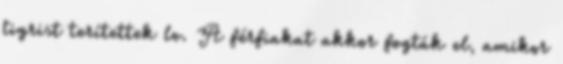
tigrist terítettek le. A férfiakat akkor fogták el, amikor